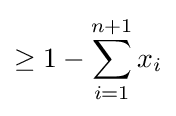
\geq 1-\sum _{i=1}^{n+1}x_{i}